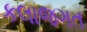
કલાજગત